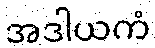
အဒါယကံ